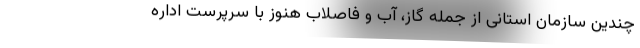
چندین سازمان استانی از جمله گاز، آب و فاصلاب هنوز با سرپرست اداره